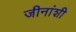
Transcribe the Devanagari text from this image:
जीनांशी